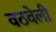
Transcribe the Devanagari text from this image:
वठवेली